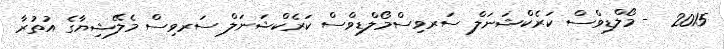
2015  - މޯލްޑިވްސް ކަރެކްޝަނަލް ސަރވިސްމޯލްޑިވްސް ކަރެކްޝަނަލް ސަރވިސް މެލޭޝިޔާގެ އުތުރާ